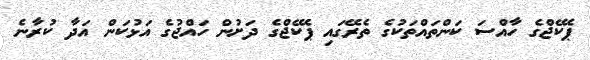
ޕެކޭޖްގެ ހާއްސަ ކަންތައްތަކުގެ ތެރޭގައި ޕެކޭޖްގެ ދަށުން ހައްޖުގެ އަޅުކަން އަދާ ކުރާނެ